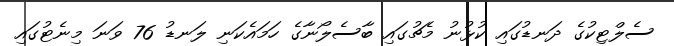
ސެލްޓިކުގެ ދަނޑުގައި ކުޅުނު މެޗުގައި ބާސެލޯނާގެ ހަމައެކަނި ލަނޑު 76 ވަނަ މިނެޓުގައި